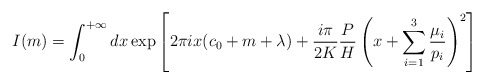
\begin{align*}I(m)=\int_{0}^{+\infty}dx\exp\left[2\pi ix(c_{0}+m+\lambda)+\frac{i\pi}{2K}\frac{P}{H}\left(x+\sum_{i=1}^{3}\frac{\mu_{i}}{p_{i}}\right)^{2}\right]\end{align*}